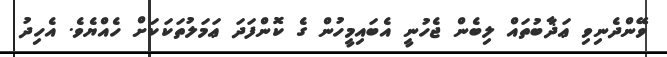
ވޭންދެނިވި ޢަޛާބުތައް ލިބެން ޖެހުނީ އެބައިމީހުން ގެ ކޮންފަދަ ޢަމަލުތަކަކަށް ހެއްޔެވެ. އެހިދު